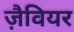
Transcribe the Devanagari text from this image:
ज़ैवियर